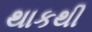
થાકથી